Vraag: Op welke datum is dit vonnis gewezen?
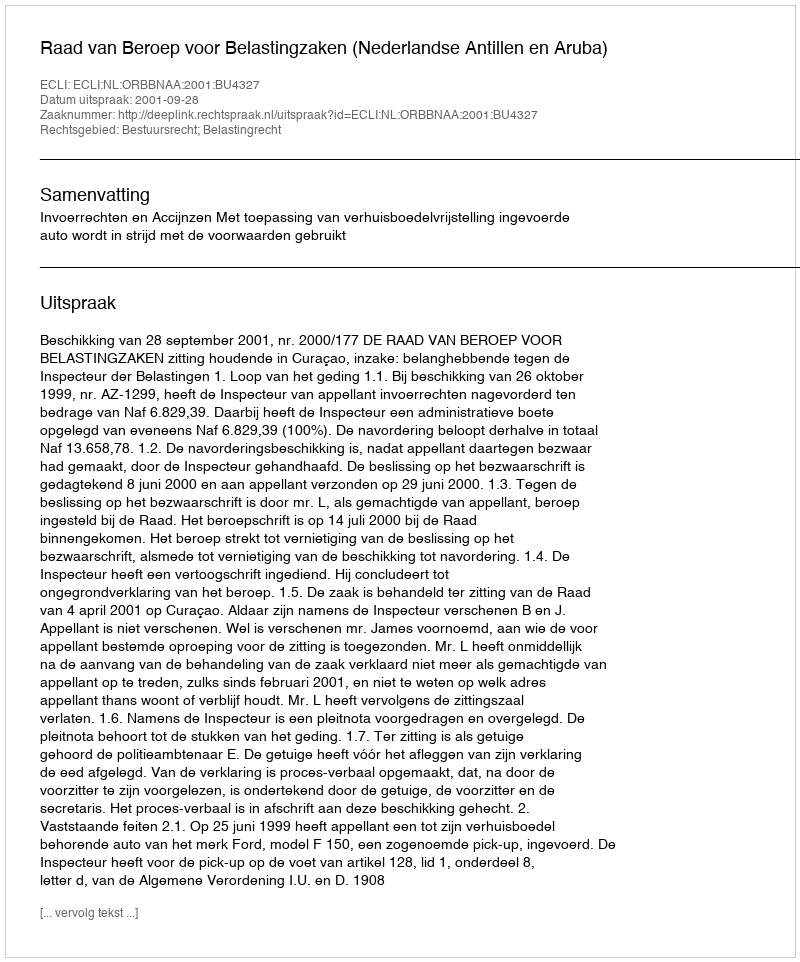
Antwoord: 2001-09-28